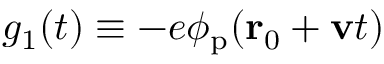
g _ { 1 } ( t ) \equiv - e \phi _ { \mathrm { p } } ( \mathbf { r } _ { 0 } + \mathbf { v } t )